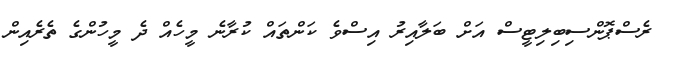
ރެސްޕޮންސިބިލިޓީސް އަށް ބަލާއިރު އިސްވެ ކަންތައް ކުރާނެ މީހެއް ދެ މީހުންގެ ތެރެއިން